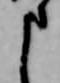
申